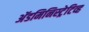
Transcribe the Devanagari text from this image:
अॅडमिनिस्ट्रेटिव्ह